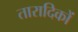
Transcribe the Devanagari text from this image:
तारादिकों